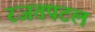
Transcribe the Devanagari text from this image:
रजतपटल